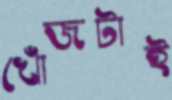
খোঁজটাই